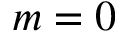
m = 0